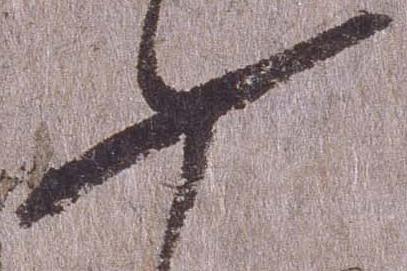
如